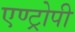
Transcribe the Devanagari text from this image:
एण्ट्रोपी